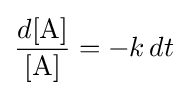
{\frac {d[{\rm {A}}]}{[{\rm {A}}]}}=-k\,dt